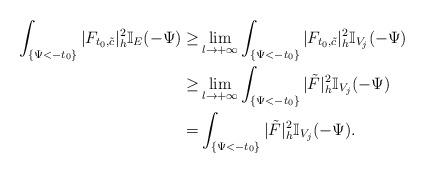
LaTeX: \begin{align*}\int_{ \{\Psi<-t_0\}}|F_{t_0,\tilde{c}}|^2_h\mathbb{I}_E(-\Psi)\ge&\lim_{l \to +\infty} \int_{ \{\Psi<-t_0\}}|F_{t_0,\tilde{c}}|^2_h\mathbb{I}_{V_j}(-\Psi)\\\ge&\lim_{l \to +\infty} \int_{ \{\Psi<-t_0\}}|\tilde F|^2_h\mathbb{I}_{V_j}(-\Psi)\\=& \int_{ \{\Psi<-t_0\}}|\tilde F|^2_h\mathbb{I}_{V_j}(-\Psi).\end{align*}